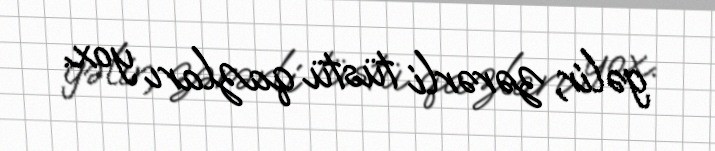
gəlir, zərərli tüstü qazları yox.